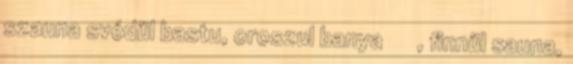
szauna svédül bastu, oroszul banya баня , finnül sauna,